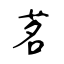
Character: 茗